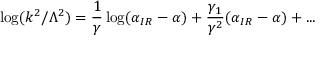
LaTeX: \log ( k ^ { 2 } / \Lambda ^ { 2 } ) = { \frac { 1 } { \gamma } } \log ( \alpha _ { I R } - \alpha ) + { \frac { \gamma _ { 1 } } { \gamma ^ { 2 } } } ( \alpha _ { I R } - \alpha ) + . . .